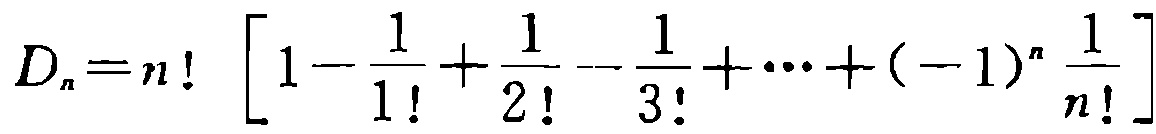
\(D_{n}=n!\left[1 - \frac{1}{1!}+\frac{1}{2!}-\frac{1}{3!}+\cdots+(-1)^{n}\frac{1}{n!}\right]\)